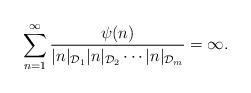
LaTeX: \begin{align*}\sum_{n=1}^{\infty} \frac{\psi(n)}{|{n}|_{\mathcal{D}_1 }|{n}|_{\mathcal{D}_2}\cdots |{n}|_{\mathcal{D}_m }}=\infty.\end{align*}